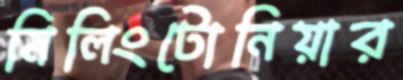
মিলিংটোনিয়ার